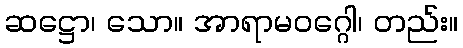
ဆဋ္ဌော၊ သော။ အာရာမဝဂ္ဂေါ၊ တည်း။